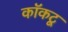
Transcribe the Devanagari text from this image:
कॉकटू